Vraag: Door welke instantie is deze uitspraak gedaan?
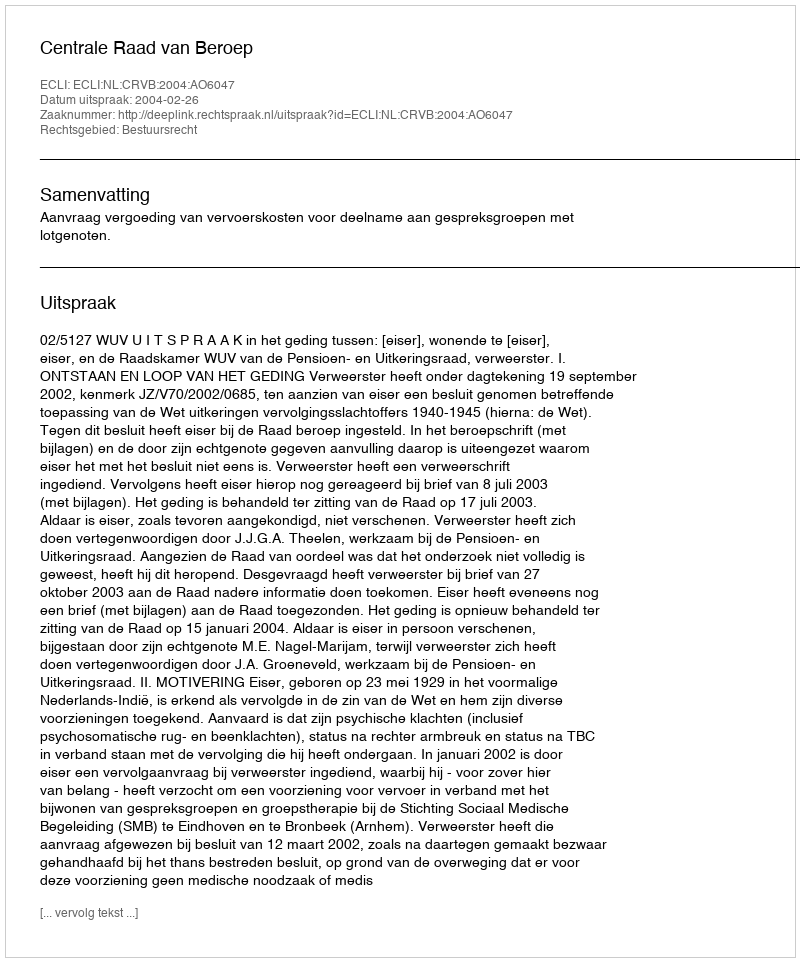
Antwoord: Centrale Raad van Beroep